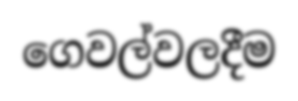
ගෙවල්වලදීම